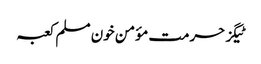
ٹیگزحرمت مؤمن خون مسلم کعبہ